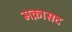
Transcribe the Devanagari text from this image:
मक़ासद